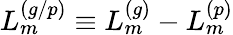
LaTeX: L_{m}^{(g/p)}\equiv L_{m}^{(g)}-L_{m}^{(p)}